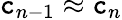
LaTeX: \mathtt{c}_{n-1}\approx\mathtt{c}_{n}